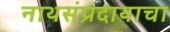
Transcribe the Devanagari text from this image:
नाथसंप्रदायाचा